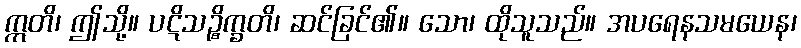
ဣတိ၊ ဤသို့။ ပဋိသဉ္စိက္ခတိ၊ ဆင်ခြင်၏။ သော၊ ထိုသူသည်။ အပရေနသမယေန၊